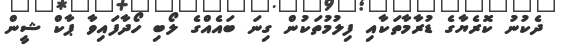
ދެކުނު ކޮރެޔާގެ ޑުރާމާތަކާއި ފިލުމުތަކުން ގިނަ ބައެއްގެ ލޯބި ހޯދާފައިވާ ޕާކް ޝީން